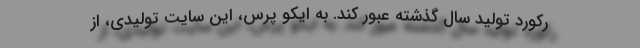
رکورد تولید سال گذشته عبور کند. به ایکو پرس، این سایت تولیدی، از